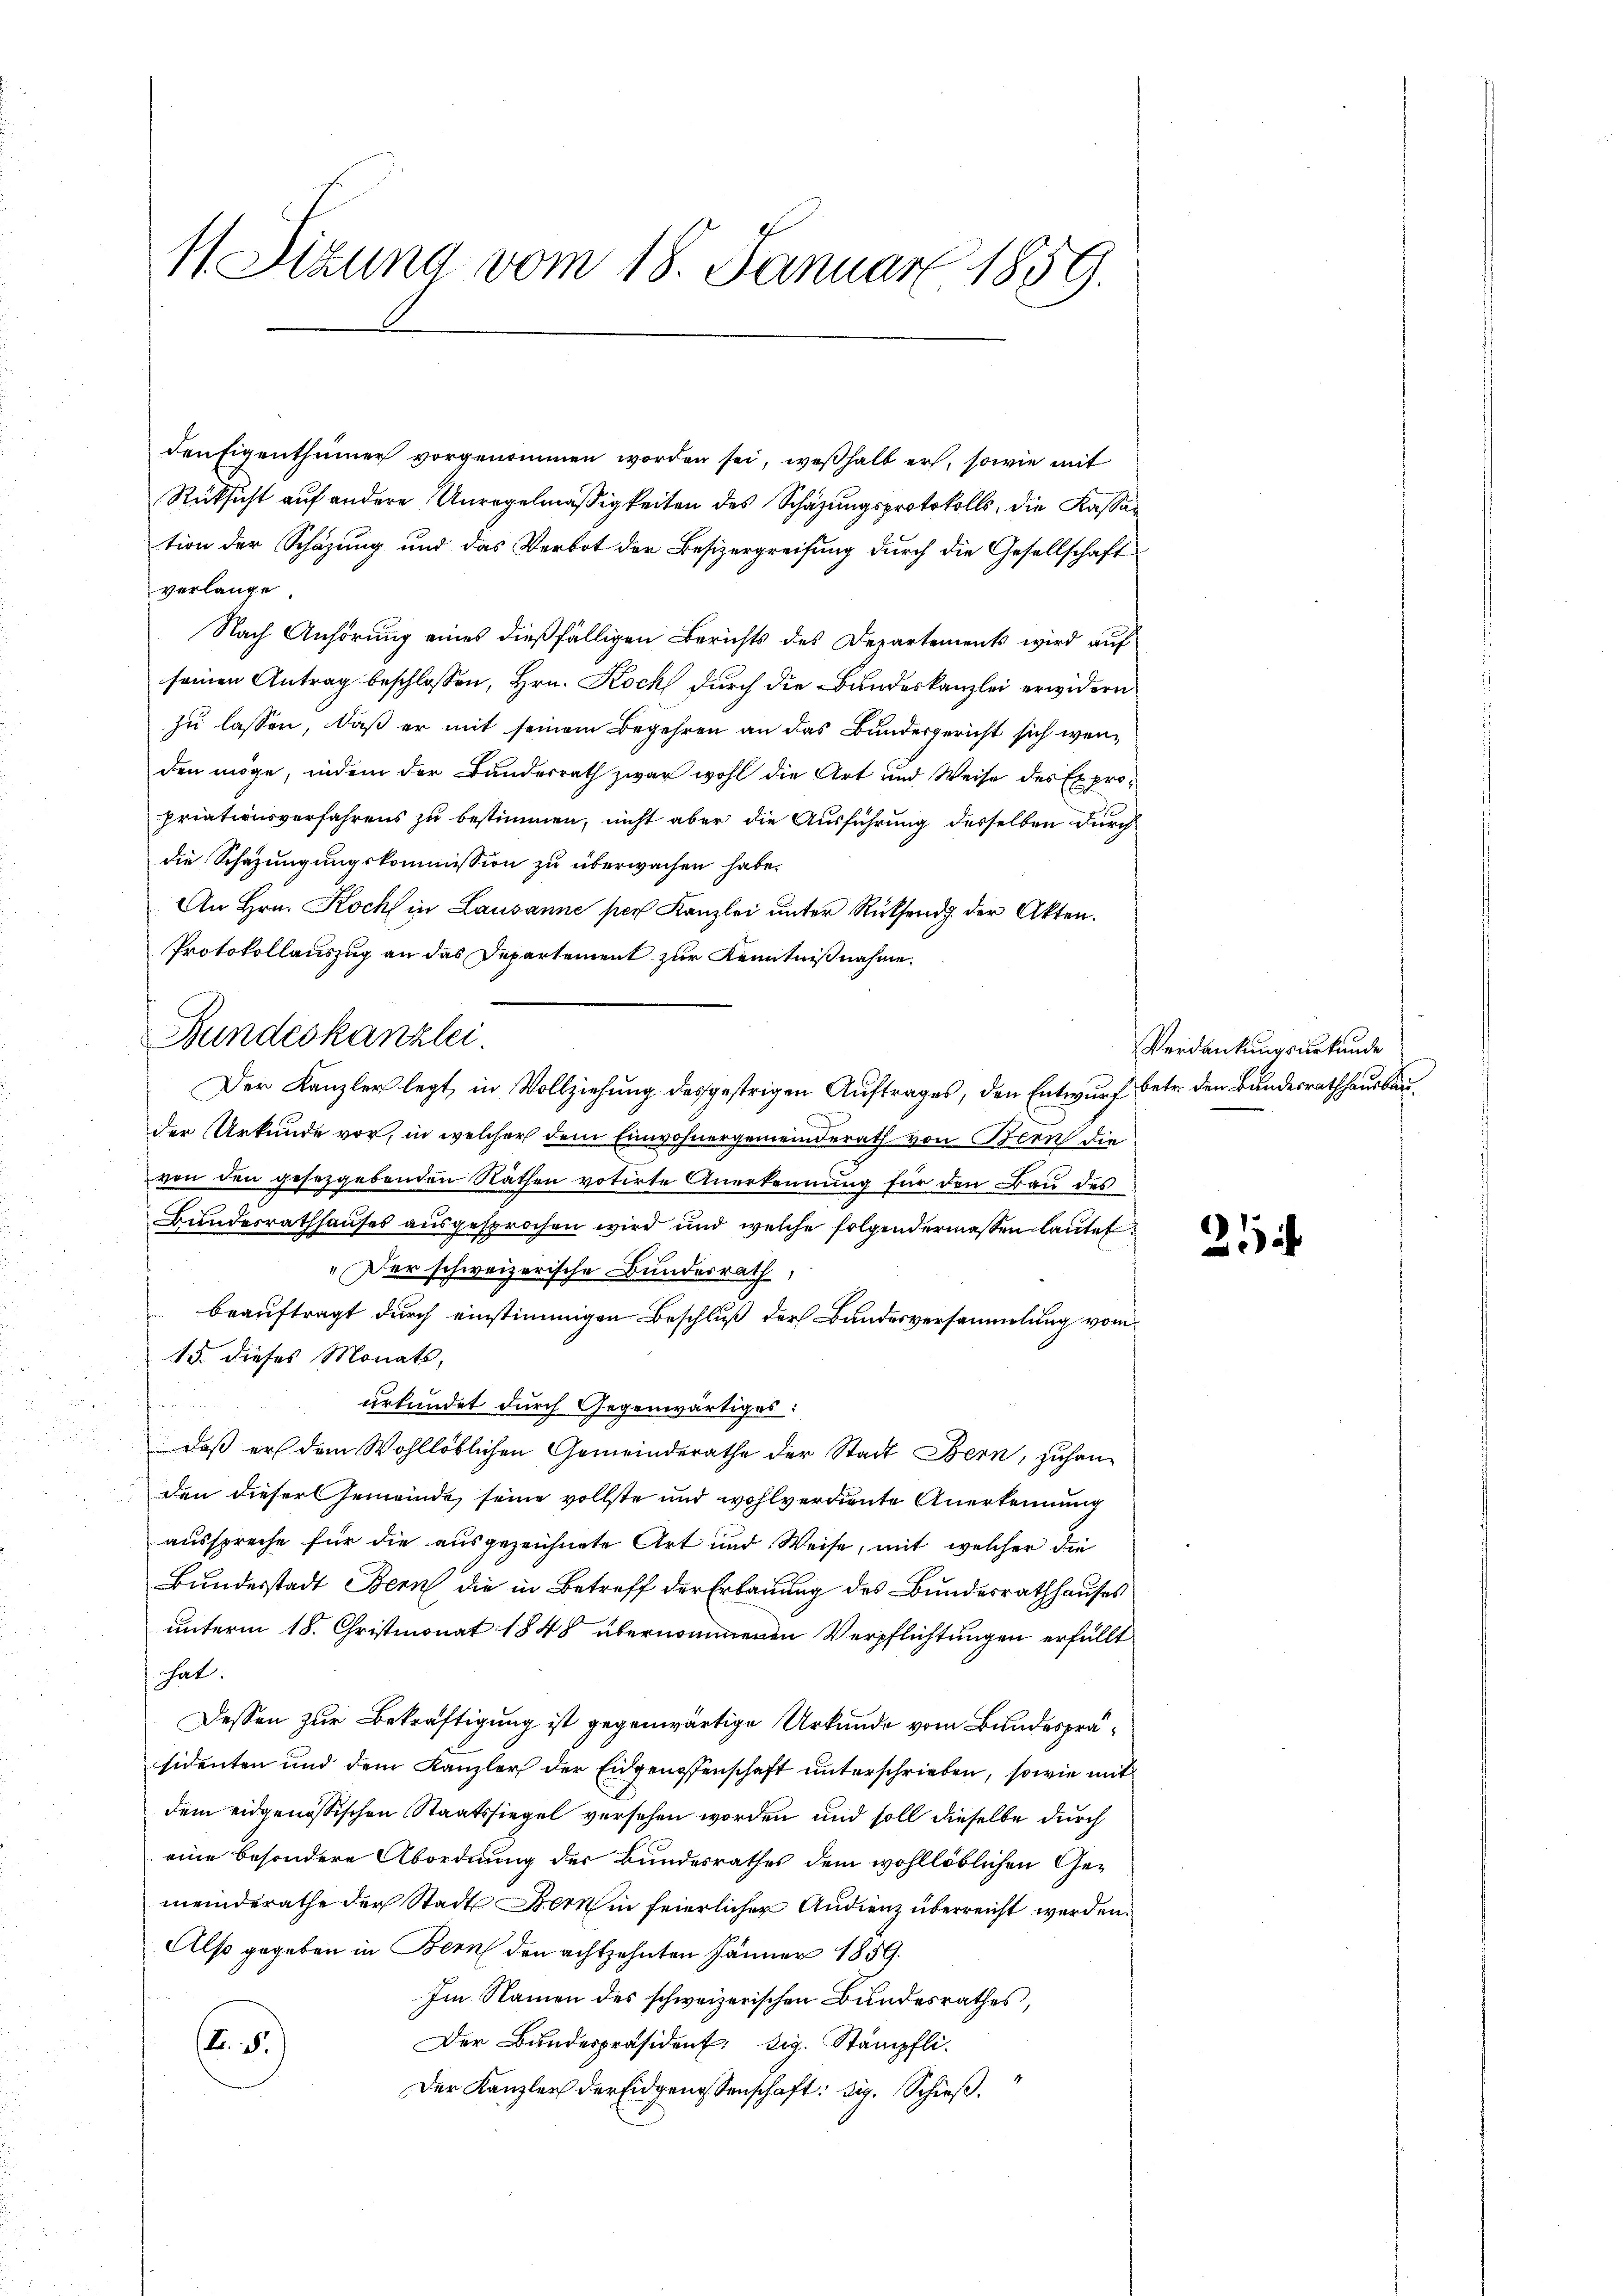
11. Dizuna vom 18. Januar 1859.

den Eigenthümer vorgenommen worden sei, weßhalb er, sowie mit
Rücksicht auf andere Unregelmäßigkeiten des Schazungsprotokolls, die Kassation der Schäzung und das Verbot der Besizergreifung durch die Gesellschaft
verlange.
Nach Anhörung eines dießfälligen Berichts des Departements wird auf
seinen Antrag beschlossen, Hrn. Koch durch die Bundeskanzlei erwidern
zu lassen, daß er mit seinem Begehren an das Bundesgericht sich wenden möge, indem der Bundesrath zwar wohl die Art und Weise des Expropriationsverfahrens zu bestimmen, nicht aber die Ausführung desselben durch
die Schazungungskommission zu überwachen habe.
An Hrn. Koch in Lausanne per Kanzlei ŭnter Rücksend der Akten.
Protokollauszug an das Departement zur Kenntnißnahme.
der Urkunde vor, in welcher dem Einwohnergemeinderath von Bern die
von den gesetzgebenden Näthen votirte Anerkennung für den Bau des
Bundesrathhauses ausgesprochen wird und welche folgendermassen lautet:
„Der schweizerische Bundesrath,
beauftragt durch einstimmigen Beschluß der Bundesversammlung vom
15. dieses Monats,
urkundet durch Gegenwärtiges:
daß er dem Wohllöblichen Gemeinderathe der Stadt Bern, zuhanden dieser Gemeinde seine vollste und wohlverdiente Anerkennung
ausspreche für die ausgezeichnete Art und Weise, mit welcher die
Bundesstadt Bern die in Betreff der Erbauung des Bundesrathhauses
unterm 18. Christmonat 1848 übernommenen Verpflichtungen erfüllt
hat:
Dessen zur Bekräftigung ist gegenwärtige Urkunde vom Bundespräsidenten und dem Kanzler der Eidgenossenschaft unterschrieben, sowie mit
dem eidgenössischen Staatssiegel versehen worden und soll dieselbe durch
eine besondere Abordnung der Bundesrathes dem wohllöblichen Gemeinderathe der Stadt Bern in feierlicher Audienz überreicht werden.
Also gegeben in Bern den achtzehnten Jänner 1859.
Im Namen des schweizerischen Bundesrathes,
Der Bundespräsident: dig. Stämpfli¬
. 5.
Der Kanzlei der Eidgenossenschaft: sig. Schieβ.

Bundeskanzlei.
Der Kanzler legt, in Vollziehung desgestrigen Auftrages, den Entwurf betr. den Bundesrathhausbau¬

Verdankungsurkunde

21